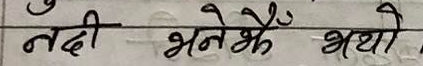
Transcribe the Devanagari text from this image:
नदी भनेकै भयो